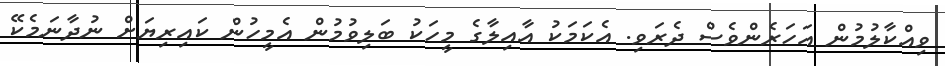
ވިއްކާލުމުން އަހަރެންވެސް ދެރަވި. އެކަމަކު އާއިލާގެ މީހަކު ބަލިވުމުން އެމީހުން ކައިރިޔަށް ނުދާނަމެކޭ